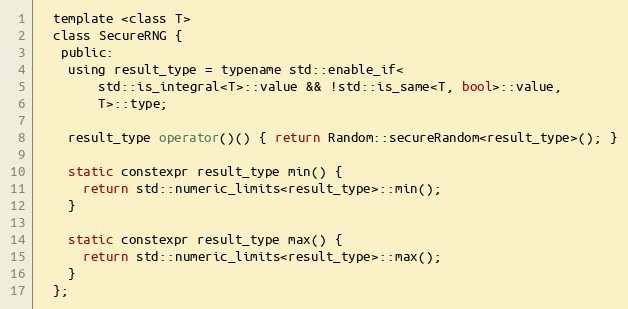
Language: C
  template <class T>
  class SecureRNG {
   public:
    using result_type = typename std::enable_if<
        std::is_integral<T>::value && !std::is_same<T, bool>::value,
        T>::type;

    result_type operator()() { return Random::secureRandom<result_type>(); }

    static constexpr result_type min() {
      return std::numeric_limits<result_type>::min();
    }

    static constexpr result_type max() {
      return std::numeric_limits<result_type>::max();
    }
  };